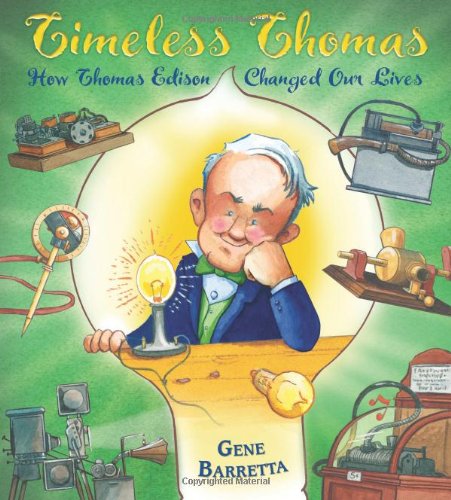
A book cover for Timeless Thomas: How Thomas Edison Changed Our Lives; Gene Barretta; Children's Books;